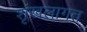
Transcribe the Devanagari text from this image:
शृंखलागत